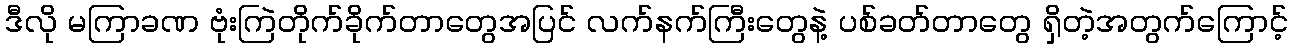
ဒီလို မကြာခဏ ဗုံးကြဲတိုက်ခိုက်တာတွေအပြင် လက်နက်ကြီးတွေနဲ့ ပစ်ခတ်တာတွေ ရှိတဲ့အတွက်ကြောင့်